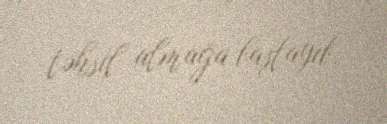
təhsil almağa başlayıb.